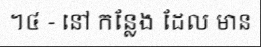
។៤ - នៅ កន្លែង ដែល មាន